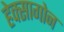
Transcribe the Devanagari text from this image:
हेक्सागोन